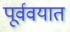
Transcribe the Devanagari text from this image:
पूर्ववयात